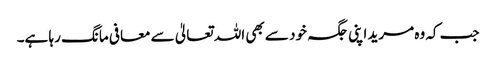
جب کہ وہ مرید اپنی جگہ خود سے بھی اللہ تعالیٰ سے معافی مانگ رہا ہے۔